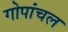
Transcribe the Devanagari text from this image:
गोपांचल